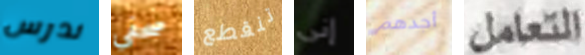
ندرس صحفى تنقطع إنى أجدهم التعامل